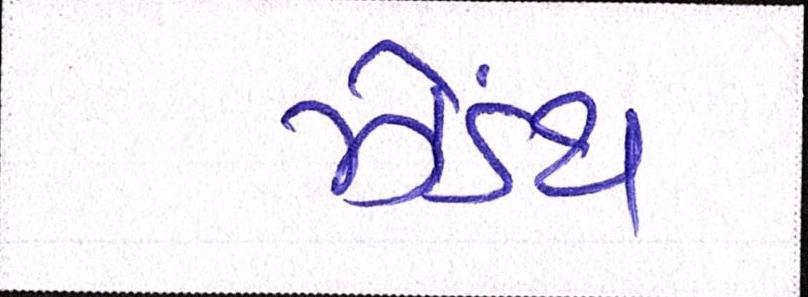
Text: ઝેંઽથ